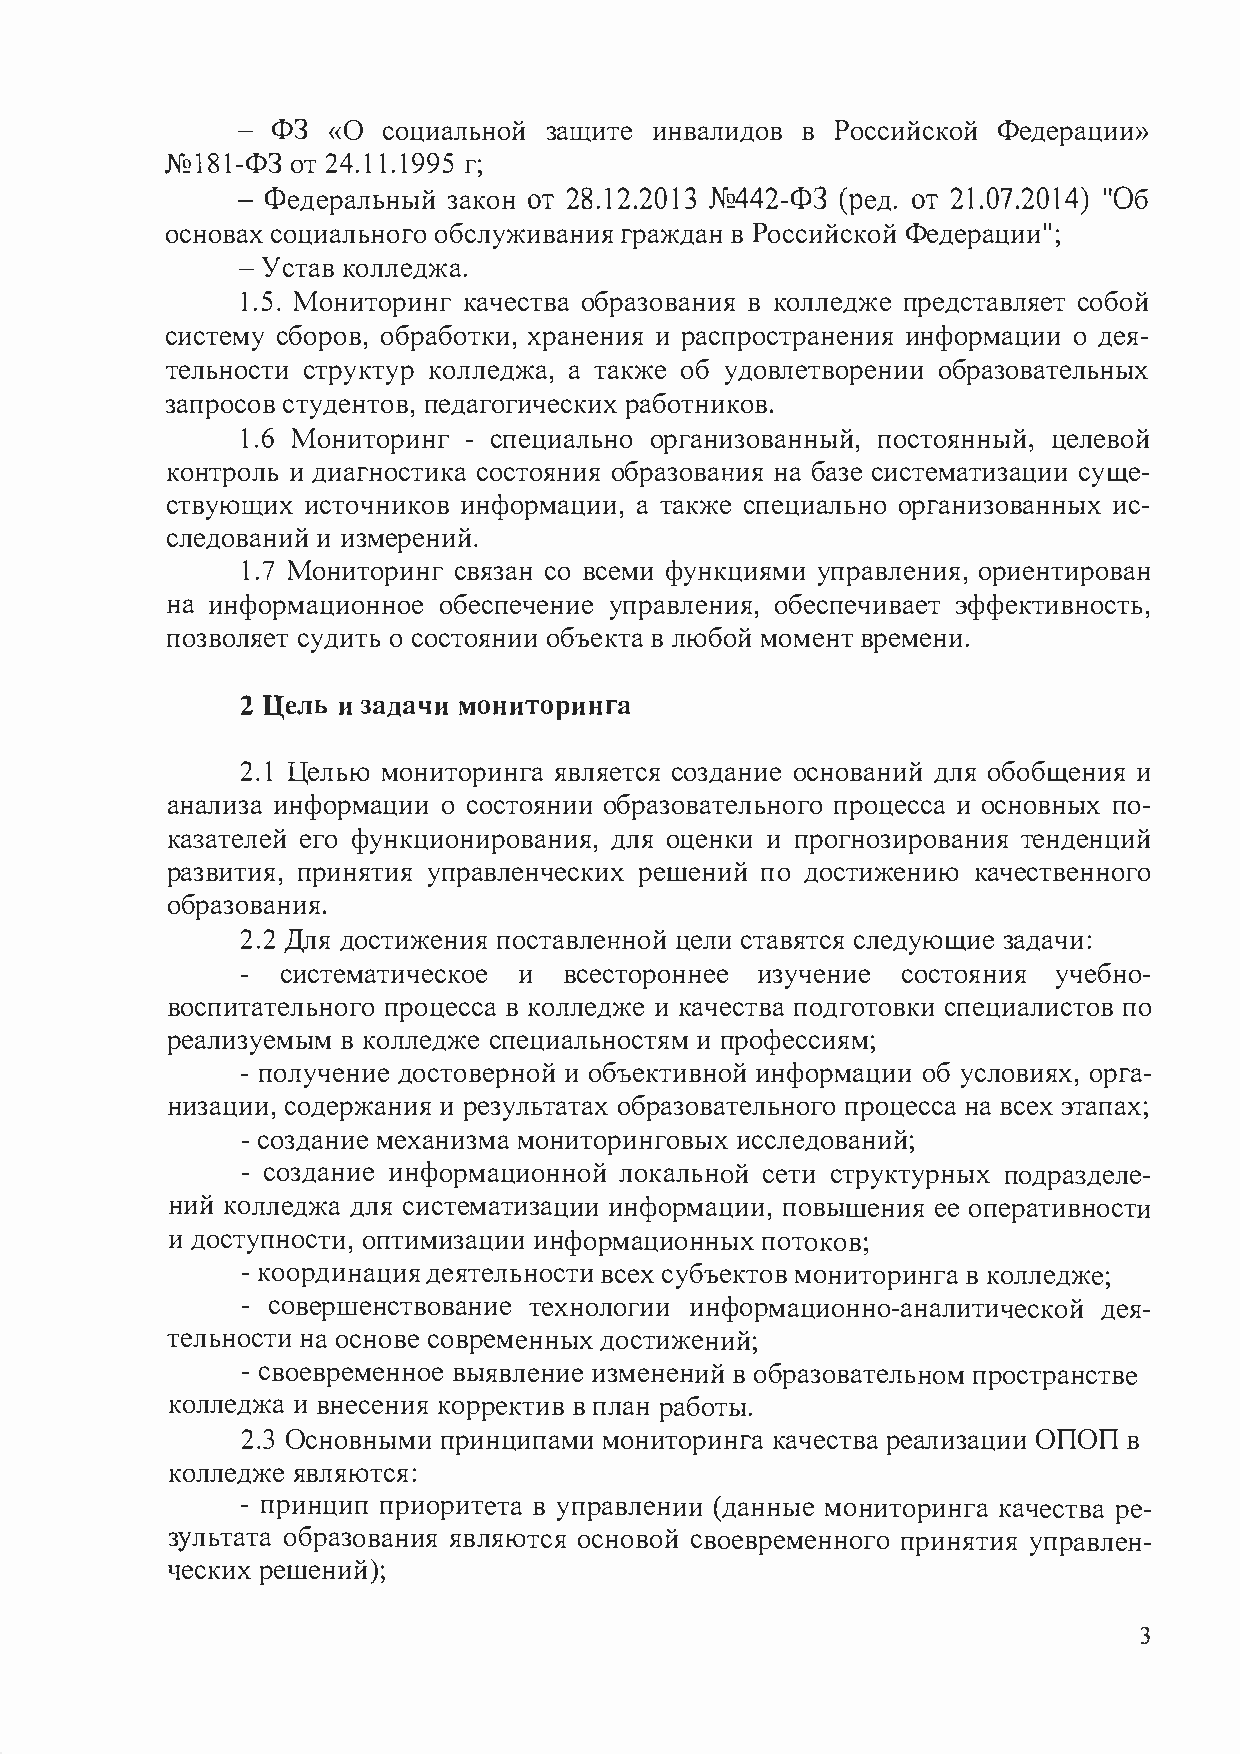
- ФЗ  «О социальной защите инвалидов в Российской Федерации»
 №181-ФЗ от 24.11.1995 г;
 - Федеральный закон от 28.12.2013 №442-ФЗ (ред. от 21.07.2014) "Об
 основах социального обслуживания граждан в Российской Федерации";
 - У став колледжа.
 1.5. Мониторинг качества образования в колледже представляет собой
 систему сборов, обработки, хранения и распространения информации о дея­
 тельности структур колледжа, а также об удовлетворении образовательных
 запросов студентов, педагогических работников.
 1.6 Мониторинг - специально организованный, постоянный, целевой
 контроль и диагностика состояния образования на базе систематизации суще­
 ствующих источников информации, а также специально организованных ис­
 следований и измерений.
 1.7 Мониторинг связан со всеми функциями управления, ориентирован
 на информационное обеспечение управления, обеспечивает эффективность,
 позволяет судить о состоянии объекта в любой момент времени.
 2 Цель и задачи мониторинга
 2.1 Целью мониторинга является создание оснований для обобщения и
 анализа информации о состоянии образовательного процесса и основных по­
 казателей его функционирования, для оценки и прогнозирования тенденций
 развития, принятия управленческих решений по достижению качественного
 образования.
 2.2 Для достижения поставленной цели ставятся следующие задачи:
 -  систематическое и всестороннее изучение  состояния учебно­
 воспитательного процесса в колледже и качества подготовки специалистов по
 реализуемым в колледже специальностям и профессиям;
 - получение достоверной и объективной информации об условиях, орга­
 низации, содержания и результатах образовательного процесса на всех этапах;
 - создание механизма мониторинговых исследований;
 - создание информационной локальной сети структурных подразделе-
 ний колледжа для систематизации информации, повышения ее оперативности
 и доступности, оптимизации информационных потоков;
 - координация деятельности всех субъектов мониторинга в колледже;
 - совершенствование технологии информационно-аналитической дея-
 тельности на основе современных достижений;
 - своевременное выявление изменений в образовательном пространстве
 колледжа и внесения корректив в план работы.
 2.3 Основными принципами мониторинга качества реализации ОПОП в
 колледже являются:
 - принцип приоритета в управлении (данные мониторинга качества ре­
 зультата образования являются основой своевременного принятия управлен­
 ческих решений);
 3